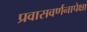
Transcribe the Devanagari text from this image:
प्रवासवर्णनापेक्षा